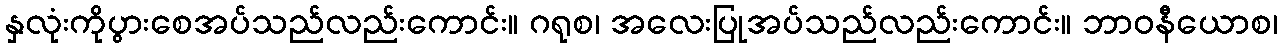
နှလုံးကိုပွားစေအပ်သည်လည်းကောင်း။ ဂရုစ၊ အလေးပြုအပ်သည်လည်းကောင်း။ ဘာဝနီယောစ၊